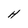
Character: H